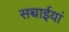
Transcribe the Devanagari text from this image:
सच्चाईयां